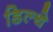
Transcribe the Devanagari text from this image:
डिल्थे